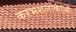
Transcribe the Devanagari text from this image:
करभशलाकाओं